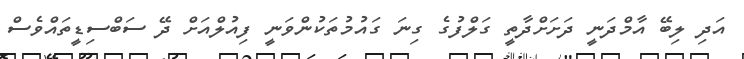
އަދި ލިބޭ އާމްދަނީ ދަށަށްދާތީ ގަލްފުގެ ގިނަ ގައުމުތަކުންވަނީ ފިއުލްއަށް ދޭ ސަބްސިޑީތައްވެސް